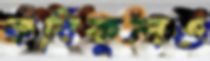
কবিকুলও